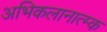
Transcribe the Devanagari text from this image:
अभिकलानात्म्क